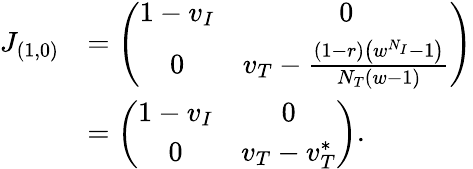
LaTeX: \begin{array}{rl}{J_{(1,0)}}&{=\left(\begin{array}{cc}{1-v_{I}}&{0}\\ {0}&{v_{T}-\frac{(1-r)\left(w^{N_{I}}-1\right)}{N_{T}(w-1)}}\end{array}\right)}\\ &{=\left(\begin{array}{cc}{1-v_{I}}&{0}\\ {0}&{v_{T}-v_{T}^{*}}\end{array}\right).}\end{array}